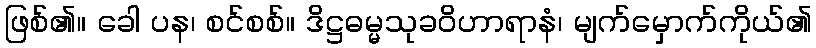
ဖြစ်၏။ ခေါ ပန၊ စင်စစ်။ ဒိဋ္ဌဓမ္မသုခဝိဟာရာနံ၊ မျက်မှောက်ကိုယ်၏